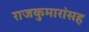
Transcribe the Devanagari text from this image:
राजकुमारांसह